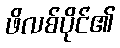
ဖိလစ်ပိုင်၏